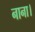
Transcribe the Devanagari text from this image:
नाना।